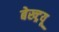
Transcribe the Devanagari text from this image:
बेख्ट्रयू